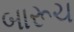
બારૂચ